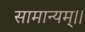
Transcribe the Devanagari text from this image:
सामान्यम्।।